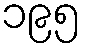
၁၉၅